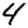
Digit: 4